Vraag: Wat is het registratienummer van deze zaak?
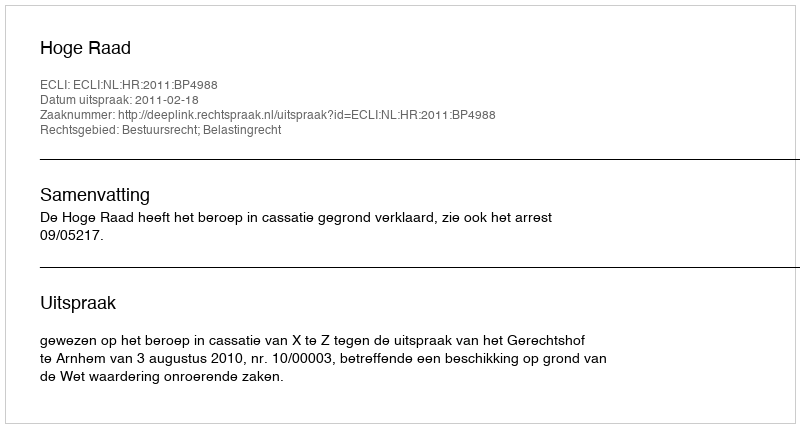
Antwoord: http://deeplink.rechtspraak.nl/uitspraak?id=ECLI:NL:HR:2011:BP4988